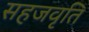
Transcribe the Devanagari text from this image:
सहजवृति